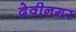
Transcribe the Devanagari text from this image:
देवीनगर